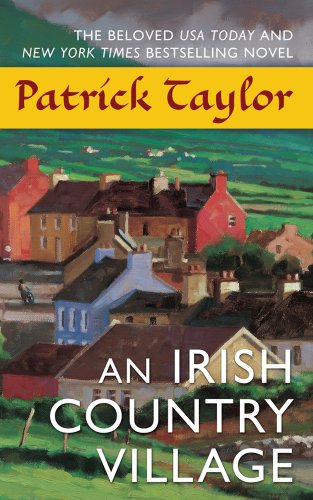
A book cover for An Irish Country Village (Irish Country Books); Patrick Taylor; Literature & Fiction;